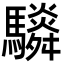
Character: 䮼